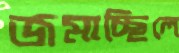
জমাচ্ছিলে